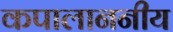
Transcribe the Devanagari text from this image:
कपालाननीय